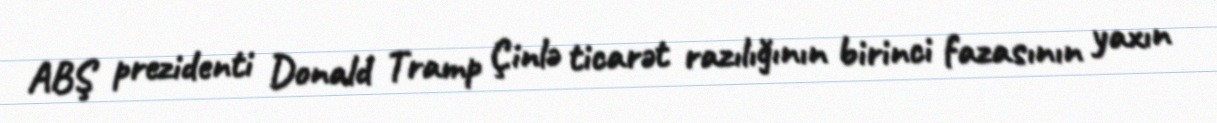
ABŞ prezidenti Donald Tramp Çinlə ticarət razılığının birinci fazasının yaxın